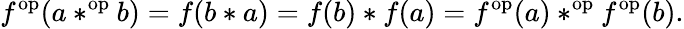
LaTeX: f^{\mathrm{op}}(a*^{\mathrm{op}}b)=f(b*a)=f(b)*f(a)=f^{\mathrm{op}}(a)*^{\mathrm{op}}f^{\mathrm{op}}(b).